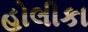
હોલીકા